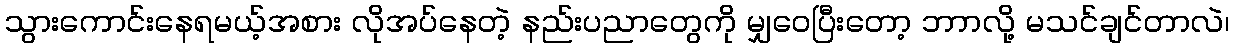
သွားကောင်းနေရမယ့်အစား လိုအပ်နေတဲ့ နည်းပညာတွေကို မျှဝေပြီးတော့ ဘာာလို့ မသင်ချင်တာလဲ၊